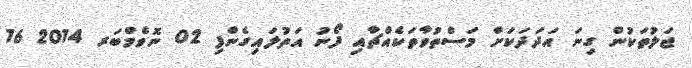
ޖަލުތަކުން ގިނަ އަދަދަކަށް މަސްތުވާތަކެއްޗާއި ފޯނު އަތުލައިގެންފި 02 ނޮވެމްބަރ 2014 16